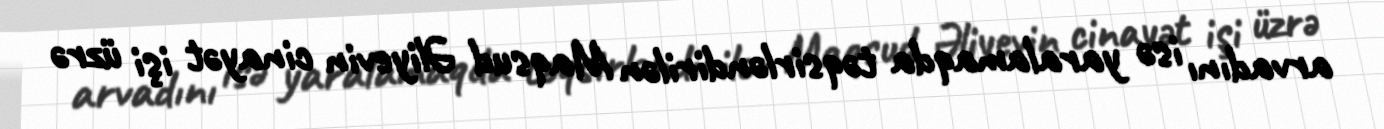
arvadını isə yaralamaqda təqsirləndirilən Maqsud Əliyevin cinayət işi üzrə